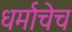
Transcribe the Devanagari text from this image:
धर्माचेच